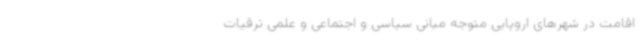
اقامت در شهرهای اروپایی متوجه مبانی سیاسی و اجتماعی و علمی ترقیات